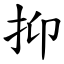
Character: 抑